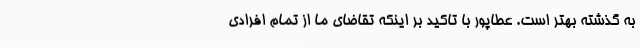
به گذشته بهتر است. عطاپور با تاکید بر اینکه تقاضای ما از تمام افرادی